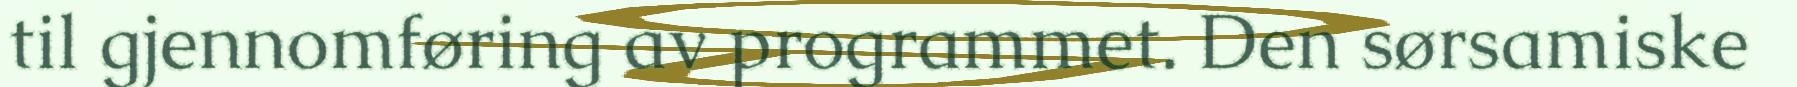
til gjennomføring av programmet. Den sørsamiske